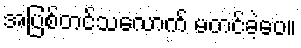
အပြစ်တင်သလောက် မတင်ခဲ့ပေ။